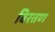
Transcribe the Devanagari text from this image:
विरतण